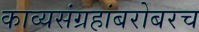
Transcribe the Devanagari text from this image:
काव्यसंग्रहांबरोबरच